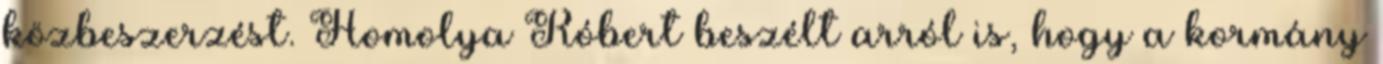
közbeszerzést. Homolya Róbert beszélt arról is, hogy a kormány